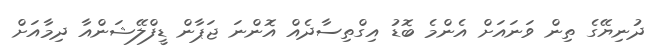
ދުނިޔޭގެ ތިން ވަނައަށް އެންމެ ބޮޑު އިގްތިސާދެއް އޮންނަ ޖަޕާން ޑީފްލޭޝަންއާ ދިމާއަށް